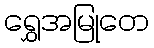
ရွှေအမြုတေ